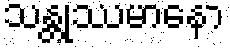
သန္တုဿမာနော